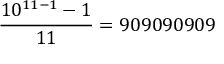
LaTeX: { \frac { 1 0 ^ { 1 1 - 1 } - 1 } { 1 1 } } = 9 0 9 0 9 0 9 0 9